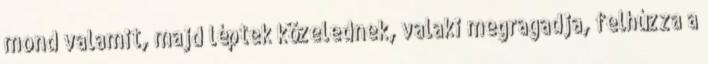
mond valamit, majd léptek közelednek, valaki megragadja, felhúzza a